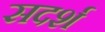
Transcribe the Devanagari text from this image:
सदर्श